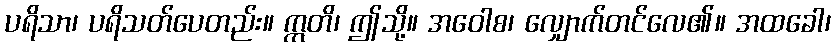
ပရိသာ၊ ပရိသတ်ပေတည်း။ ဣတိ၊ ဤသို့။ အဝေါစ၊ လျှောက်တင်လေ၏။ အထခေါ၊